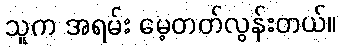
သူက အရမ်း မေ့တတ်လွန်းတယ်။